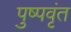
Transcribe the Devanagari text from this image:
पुष्पवृंत